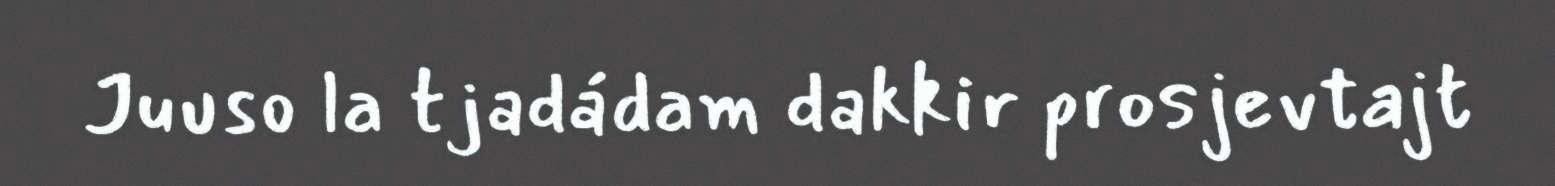
Juuso la tjadádam dakkir prosjevtajt